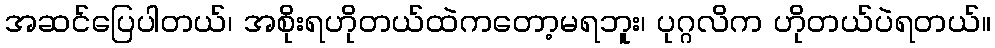
အဆင်ပြေပါတယ်၊ အစိုးရဟိုတယ်ထဲကတော့မရဘူး၊ ပုဂ္ဂလိက ဟိုတယ်ပဲရတယ်။